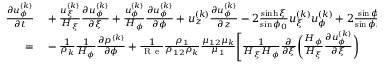
\begin{array} { r } { \begin{array} { r l } { \frac { \partial u _ { \phi } ^ { ( k ) } } { \partial t } } & { { } + \frac { u _ { \xi } ^ { ( k ) } } { H _ { \xi } } \frac { \partial u _ { \phi } ^ { ( k ) } } { \partial \xi } + \frac { u _ { \phi } ^ { ( k ) } } { H _ { \phi } } \frac { \partial u _ { \phi } ^ { ( k ) } } { \partial \phi } + u _ { z } ^ { ( k ) } \frac { \partial u _ { \phi } ^ { ( k ) } } { \partial z } - 2 \frac { \sinh \xi } { \sin \phi _ { 0 } } u _ { \xi } ^ { ( k ) } u _ { \phi } ^ { ( k ) } + 2 \frac { \sin \phi } { \sin \phi _ { 0 } } \left( u _ { \xi } ^ { ( k ) } \right) ^ { 2 } } \\ { = } & { { } - \frac { 1 } { \rho _ { k } } \frac { 1 } { H _ { \phi } } \frac { \partial p ^ { ( k ) } } { \partial \phi } + \frac { 1 } { \mathrm { ~ R ~ e ~ } } \frac { \rho _ { 1 } } { \rho _ { 1 2 } \rho _ { k } } \frac { \mu _ { 1 2 } \mu _ { k } } { \mu _ { 1 } } \Biggl [ \frac { 1 } { H _ { \xi } H _ { \phi } } \frac { \partial } { \partial \xi } \biggl ( \frac { H _ { \phi } } { H _ { \xi } } \frac { \partial u _ { \phi } ^ { ( k ) } } { \partial \xi } \biggr ) } \end{array} } \end{array}